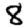
Digit: 8